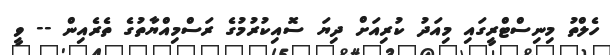
ހެލްތު މިނިސްޓްރީގައި މިއަދު ކުރިއަށް ދިޔަ ސޮއިކުރުމުގެ ރަސްމިއްޔާތުގެ ތެރެއިން -- ވީ